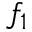
f _ { 1 }